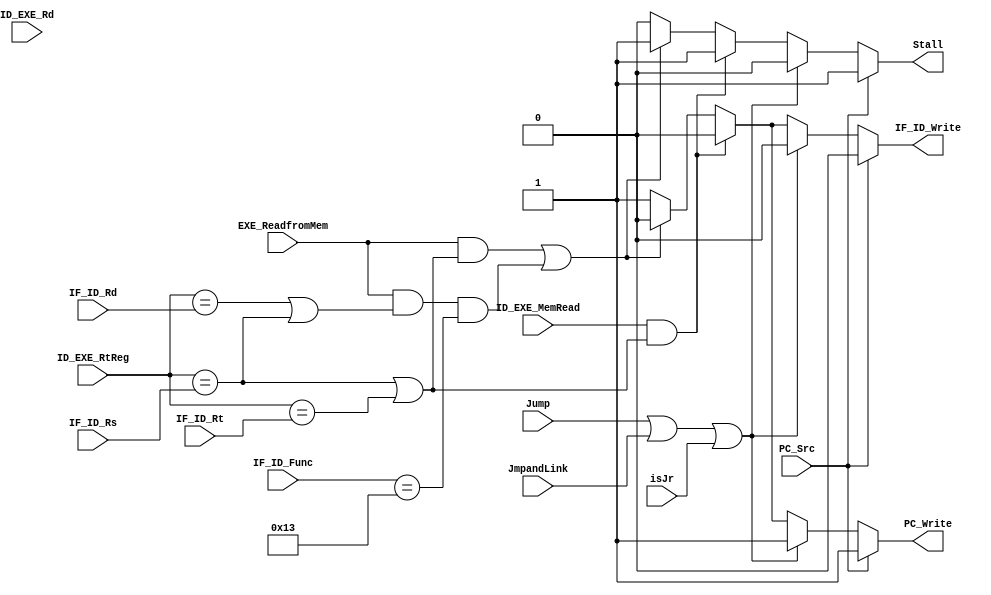
module HazardDetectionUnit (Stall, PC_Write, IF_ID_Write, IF_ID_Rs, IF_ID_Rt, IF_ID_Func, IF_ID_Rd, ID_EXE_MemRead, EXE_ReadfromMem, ID_EXE_RtReg,
									 ID_EXE_Rd, PC_Src, Jump, JmpandLink, isJr);

// input
	input [4:0] IF_ID_Rs, IF_ID_Rt, ID_EXE_RtReg, ID_EXE_Rd;
	input ID_EXE_MemRead, PC_Src, Jump, JmpandLink, isJr, EXE_ReadfromMem, IF_ID_Rd;
	input [5:0] IF_ID_Func;
	
// output
	output reg Stall, PC_Write, IF_ID_Write;
	
	initial 
		begin
			Stall <= 0;
			PC_Write <= 1;
			IF_ID_Write <= 1;
		end
		
	always @(*)
		begin
			if(PC_Src)
				begin
					Stall <= 1;
					PC_Write <= 1;
					IF_ID_Write <= 0;
				end
			else if(Jump || JmpandLink || isJr)
				begin
					Stall <= 0;
					PC_Write <= 1;
					IF_ID_Write <= 0;
				end
				
			else if(ID_EXE_MemRead && ((ID_EXE_RtReg == IF_ID_Rs)|| (ID_EXE_RtReg == IF_ID_Rt)))
				begin
					Stall <= 1;
					PC_Write <= 0;
					IF_ID_Write <= 0;
				end
				
			// if any instruction or store word new is after load word new
			else if((EXE_ReadfromMem && ((ID_EXE_RtReg == IF_ID_Rs)|| (ID_EXE_RtReg == IF_ID_Rt))) || (EXE_ReadfromMem &&((ID_EXE_RtReg == IF_ID_Rd) || ID_EXE_RtReg == IF_ID_Rs) && (IF_ID_Func == 6'h13)))
				begin
					Stall <= 1;
					PC_Write <= 0;
					IF_ID_Write <= 0;
				end
				
			else 
				begin
					Stall <= 0;
					PC_Write <= 1;
					IF_ID_Write <= 1;
				end
		end	

endmodule